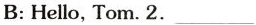
B: Hello, Tom. 2. ___